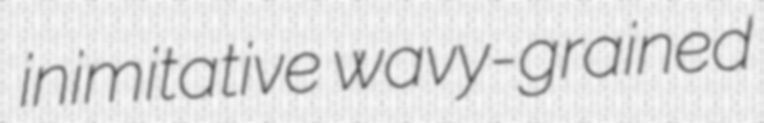
inimitative wavy-grained